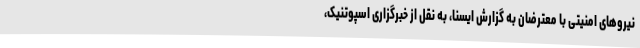
نیروهای امنیتی با معترضان به گزارش ایسنا، به نقل از خبرگزاری اسپوتنیک،